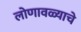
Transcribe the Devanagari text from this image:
लोणावळ्याचे